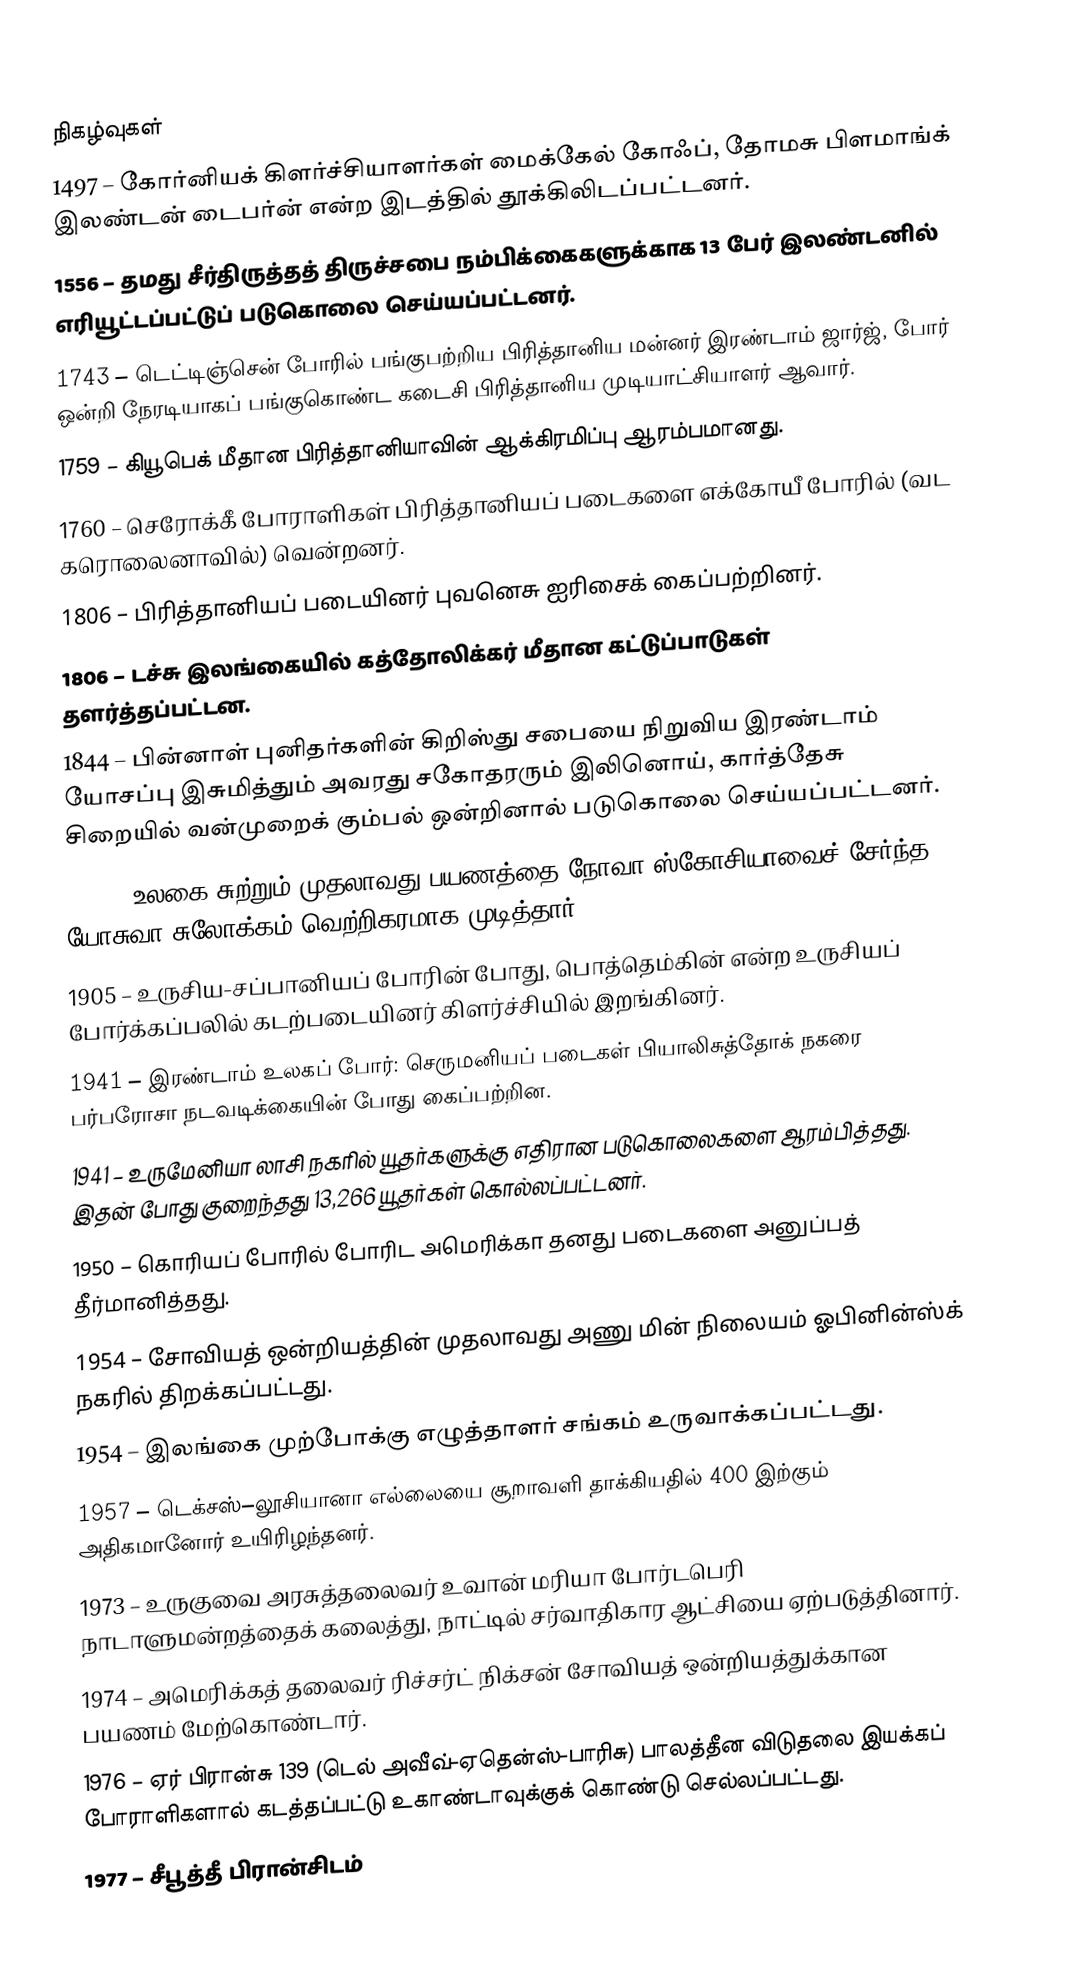

நிகழ்வுகள்
1497 – கோர்னியக் கிளர்ச்சியாளர்கள் மைக்கேல் கோஃப், தோமசு பிளமாங்க் இலண்டன் டைபர்ன் என்ற இடத்தில் தூக்கிலிடப்பட்டனர்.
1556 – தமது சீர்திருத்தத் திருச்சபை நம்பிக்கைகளுக்காக 13 பேர் இலண்டனில் எரியூட்டப்பட்டுப் படுகொலை செய்யப்பட்டனர்.
1743 – டெட்டிஞ்சென் போரில் பங்குபற்றிய பிரித்தானிய மன்னர் இரண்டாம் ஜார்ஜ், போர் ஒன்றி நேரடியாகப் பங்குகொண்ட கடைசி பிரித்தானிய முடியாட்சியாளர் ஆவார்.
1759 – கியூபெக் மீதான பிரித்தானியாவின் ஆக்கிரமிப்பு ஆரம்பமானது.
1760 – செரோக்கீ போராளிகள் பிரித்தானியப் படைகளை எக்கோயீ போரில் (வட கரொலைனாவில்) வென்றனர்.
1806 – பிரித்தானியப் படையினர் புவனெசு ஐரிசைக் கைப்பற்றினர்.
1806 – டச்சு இலங்கையில் கத்தோலிக்கர் மீதான கட்டுப்பாடுகள் தளர்த்தப்பட்டன.
1844 – பின்னாள் புனிதர்களின் கிறிஸ்து சபையை நிறுவிய இரண்டாம் யோசப்பு இசுமித்தும் அவரது சகோதரரும் இலினொய், கார்த்தேசு சிறையில் வன்முறைக் கும்பல் ஒன்றினால் படுகொலை செய்யப்பட்டனர்.
1898 – உலகை சுற்றும் முதலாவது பயணத்தை நோவா ஸ்கோசியாவைச் சேர்ந்த யோசுவா சுலோக்கம் வெற்றிகரமாக முடித்தார்.
1905 – உருசிய-சப்பானியப் போரின் போது, பொத்தெம்கின் என்ற உருசியப் போர்க்கப்பலில் கடற்படையினர் கிளர்ச்சியில் இறங்கினர்.
1941 – இரண்டாம் உலகப் போர்: செருமனியப் படைகள் பியாலிசுத்தோக் நகரை பர்பரோசா நடவடிக்கையின் போது கைப்பற்றின.
1941 – உருமேனியா லாசி நகரில் யூதர்களுக்கு எதிரான படுகொலைகளை ஆரம்பித்தது. இதன் போது குறைந்தது 13,266 யூதர்கள் கொல்லப்பட்டனர்.
1950 – கொரியப் போரில் போரிட அமெரிக்கா தனது படைகளை அனுப்பத் தீர்மானித்தது.
1954 – சோவியத் ஒன்றியத்தின் முதலாவது அணு மின் நிலையம் ஓபினின்ஸ்க் நகரில் திறக்கப்பட்டது.
1954 – இலங்கை முற்போக்கு எழுத்தாளர் சங்கம் உருவாக்கப்பட்டது.
1957 – டெக்சஸ்–லூசியானா எல்லையை சூறாவளி தாக்கியதில் 400 இற்கும் அதிகமானோர் உயிரிழந்தனர்.
1973 – உருகுவை அரசுத்தலைவர் உவான் மரியா போர்டபெரி நாடாளுமன்றத்தைக் கலைத்து, நாட்டில் சர்வாதிகார ஆட்சியை ஏற்படுத்தினார்.
1974 – அமெரிக்கத் தலைவர் ரிச்சர்ட் நிக்சன் சோவியத் ஒன்றியத்துக்கான பயணம் மேற்கொண்டார்.
1976 – ஏர் பிரான்சு 139 (டெல் அவீவ்-ஏதென்ஸ்-பாரிசு) பாலத்தீன விடுதலை இயக்கப் போராளிகளால் கடத்தப்பட்டு உகாண்டாவுக்குக் கொண்டு செல்லப்பட்டது.
1977 – சீபூத்தீ பிரான்சிடம்